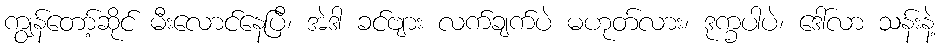
ကျွန်တော့်ဆိုင် မီးလောင်နေပြီ၊ အဲဒါ ခင်ဗျား လက်ချက်ပဲ မဟုတ်လား၊ ဒုက္ခပါပဲ၊ ဒေါ်လာ သန်းနဲ့